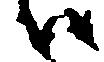
ハ